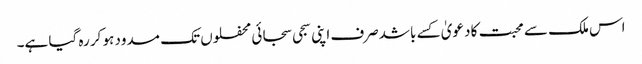
اس ملک سے محبت کا دعویٰ کسے باشدصرف اپنی سجی سجائی محفلوں تک مسدود ہو کر رہ گیا ہے۔